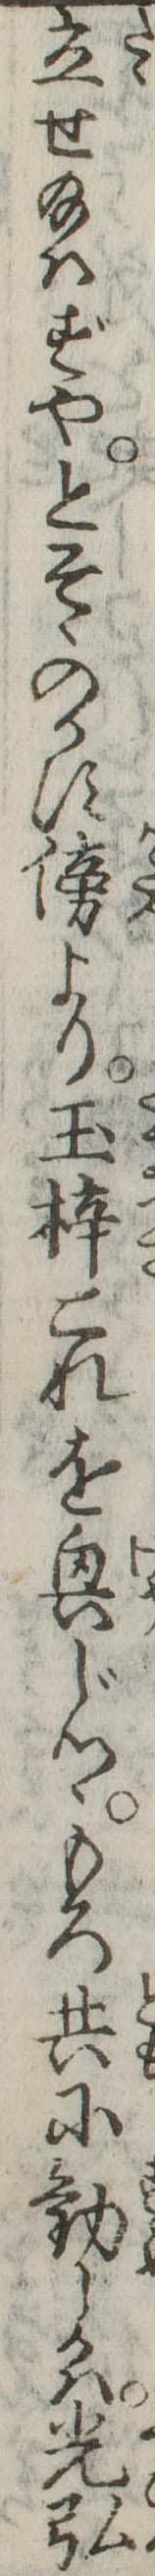
立せ給はずやとそゝのかす傍より玉梓これを興じつゝもろ共に勧しかは光弘